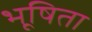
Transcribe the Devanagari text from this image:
भूषिता